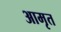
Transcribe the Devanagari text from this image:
आमृत